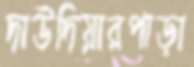
দাউদিয়ারপাড়া